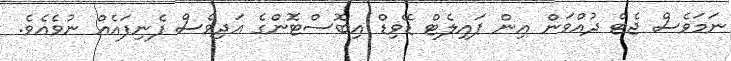
ނަމަވެސް ޖެޓް ދުއްވަން އިން ޕައިލެޓް ޑޭވިޑް އިބޮސްޓޮންގެ އަދިވެސް ފެނިފައެއް ނުވެއެވެ.